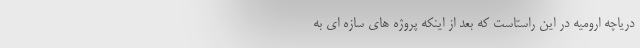
دریاچه ارومیه در این راستاست که بعد از اینکه پروژه های سازه ای به